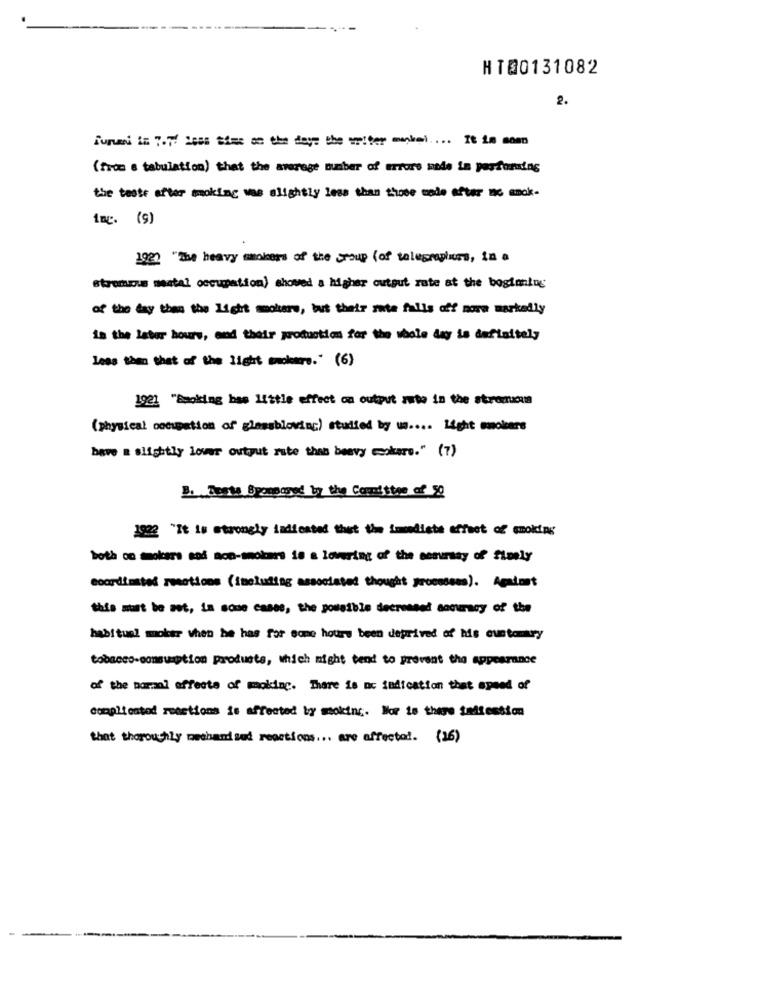
HT@0131082
2.
funai in 7.77 2686 Sime on the deye the writer manbei .... It is soen
(fron e tabulation) that the average number of errore made in performing
the tests after making was slightly less than those mode after we amok-
inc. (9)
192? "The heavy mokers of the group ( of talesraptors, in a
stremus meatal occupation) showed a higher output rate at the boglaning
of the day than the Light smokers, but their mate falls off more markedly
in the later hours, and their production for the whole day is daflaitely
Less than that of the light andeuro." (6)
1921 "Smoking bas little effect on output auto in the stromcm
(physical occupation of glassblowing) studied by us .... Light emobare
bave & slightly lover output rate than beevy ccokare." (7)
B. Toets Bpouparod by the Committee of 50
1922 "It is strongly indicated that the immediate effect of smoking
both on mokers sod non-smokers is a lovering of the nosumsay of flmely
coordinated reactions (including associated thought processes). Agalost
this must be met, in some cases, the pousible decreased accuracy of the
habituel moker when he has for some hours been deprived of his customary
tobacco-consumption products, which might tend to prevent the appearance
of the normal effects of moking. There is no indication that speed of
complicated reactions is affected by mokinc. Mor is there taltestion
that thoroughly meshand sud reactions ... are affected. (26)